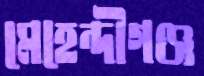
মেহেন্দীগঞ্জ